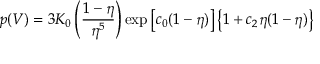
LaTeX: p ( V ) = 3 K _ { 0 } \left( { \frac { 1 - \eta } { \eta ^ { 5 } } } \right) \exp \left[ c _ { 0 } ( 1 - \eta ) \right] \left\{ 1 + c _ { 2 } \eta ( 1 - \eta ) \right\}